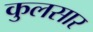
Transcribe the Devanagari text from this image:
कुलसार